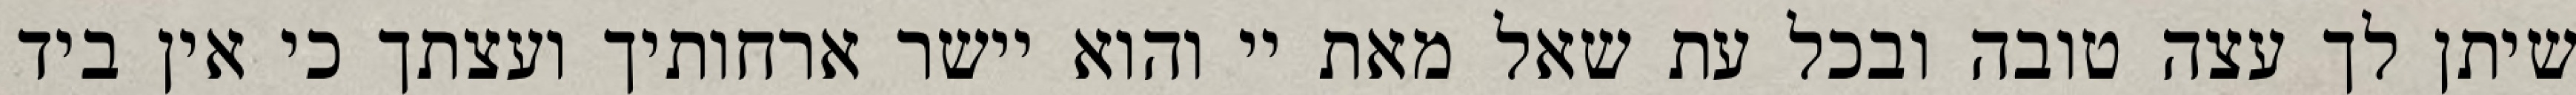
שיתן לך עצה טובה ובכל עת שאל מאת יי והוא יישר ארחותיך ועצתך כי אין ביד